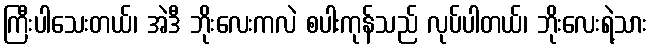
ကြီးပါသေးတယ်၊ အဲဒီ ဘိုးလေးကလဲ စပါးကုန်သည် လုပ်ပါတယ်၊ ဘိုးလေးရဲ့သား